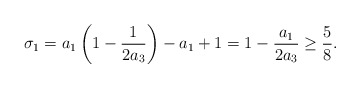
\begin{align*}\sigma_1=a_1\left(1-\frac {1}{2a_3}\right)-a_1+1=1-\frac {a_1}{2a_3}\ge\frac 58.\end{align*}